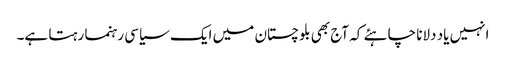
انہیں یاد دلانا چاہئے کہ آج بھی بلوچستان میں ایک سیاسی رہنما رہتا ہے۔